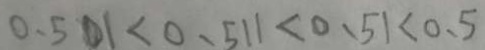
0 . 5 0 1 < 0 . 5 1 1 < 0 . 5 1 < 0 . 5